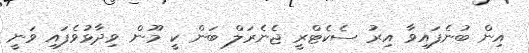
އިން ބުނެފައިވާ އިރު ސެކެޓްރީ ޖެނެރަލް ބަން ކީ މޫން ވިދާޅުވެފައި ވަނީ